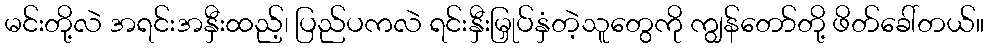
မင်းတို့လဲ အရင်းအနှီးထည့်၊ ပြည်ပကလဲ ရင်းနှီးမြှုပ်နှံတဲ့သူတွေကို ကျွန်တော်တို့ ဖိတ်ခေါ်တယ်။